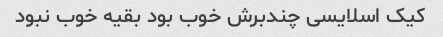
کیک اسلایسی چندبرش خوب بود بقیه خوب نبود